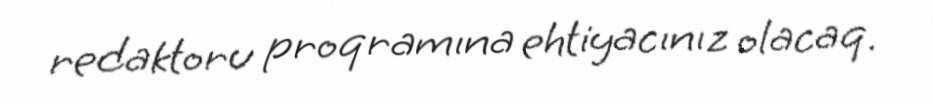
redaktoru proqramına ehtiyacınız olacaq.